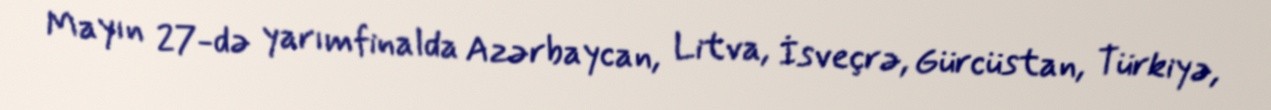
Mayın 27-də yarımfinalda Azərbaycan, Litva, İsveçrə, Gürcüstan, Türkiyə,